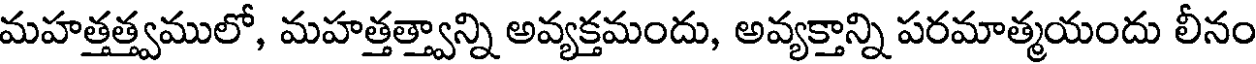
మహత్తత్త్వములో, మహత్తత్త్వాన్ని అవ్యక్తమందు, అవ్యక్తాన్ని పరమాత్మయందు లీనం